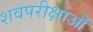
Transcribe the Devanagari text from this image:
शवपरीक्षाओं